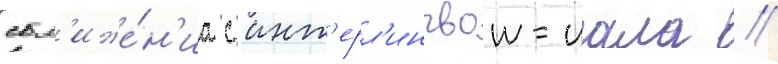
сбл'иже́н'иа с инт'ерл'ингвои-иала //